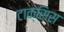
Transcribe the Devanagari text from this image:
टाक्सिस